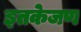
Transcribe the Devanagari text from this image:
इतकेजण